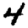
Digit: 4